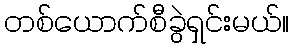
တစ်ယောက်စီခွဲရှင်းမယ်။